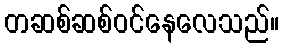
တဆစ်ဆစ်ဝင်နေလေသည်။